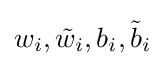
w_{i},{\tilde {w}}_{i},b_{i},{\tilde {b}}_{i}